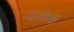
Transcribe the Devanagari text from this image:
दलेह